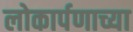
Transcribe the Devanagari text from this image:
लोकार्पणाच्या